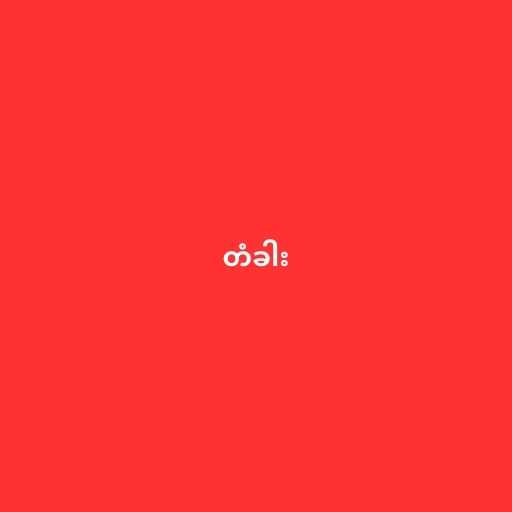
တံခါး